Newspaper: Nebraska advertiser. [volume]
Place of publication: Brownville, Nemaha County, N.T. [Neb.]
Publisher: R.W. Furnas
Date: 1865-10-05 00:00:00
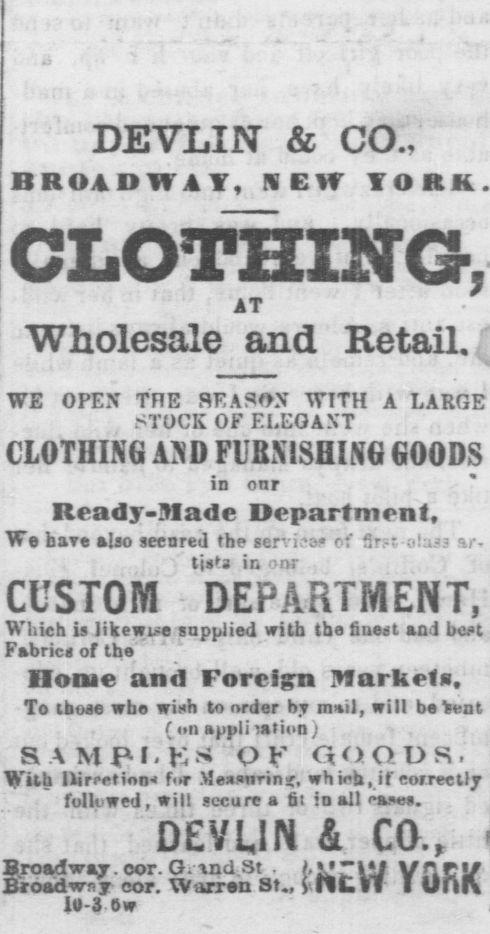
Advertisement text (OCR):
DEVLIN & CO., BROADWAY, KBIT TO It It. AT Wholesale and Retail. WE OPEN TFTE SEASON WITH A LARGE STOCK OF ELEGANT CLOTHING A3D FURNISHING GOODS in onr Ready-Made Department, We bare also secured the servi. cf f r-t ;i!;.-3 tjs'a in onr CUSTOM DEPARTMENT, Which is likewL-e supplied with the finest and best Fabrics of the Oome and Foreign 3Jarkrf s. To thnfi ah wwli to order hv mil. will ba nt (on application) R M RI.KS OK fiOOTm, With Ilirpetion-" fr Measnrin, whi'h,if correctly .-..) followed, will secure a ot to all eases. DEVLIN & CO., Broadway. cor. Gi tnd St . M"!1. Vlf Ef-oadwny cor. Warren St yiii.il I uiift iU-3 6w
Label: text-only